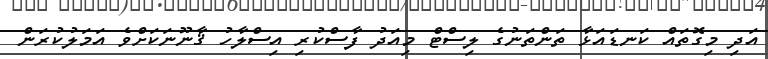
އަދި މިގޮތައް ކަނޑައަޅާ ތަންތަނުގެ ލިސްޓް މިއަދު ފާސްކުރި އިސްލާހު ޤާނޫނަކަށްވެ އަމަލުކުރަން